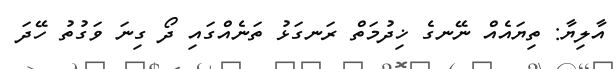
އާލިޔާ: ތިޔައެއް ނޭނގެ ޚިދުމަތް ރަނގަޅު ތަނެއްގައި ދޯ ގިނަ ވަގުތު ހޭދަ